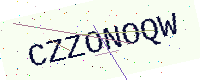
Text: CZZONOQW